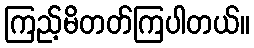
ကြည့်မိတတ်ကြပါတယ်။